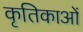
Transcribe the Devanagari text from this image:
कृतिकाओं